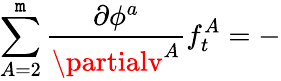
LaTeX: \sum_{A=2}^{\mathtt{m}}\frac{{\partial\phi^{a}}}{{\partialv^{A}}}f_{t}^{A}=-